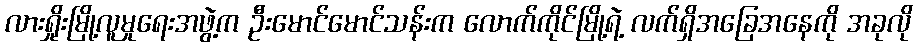
လားရှိုးမြို့လူမှုရေးအဖွဲ့က ဦးမောင်မောင်သန်းက လောက်ကိုင်မြို့ရဲ့ လက်ရှိအခြေအနေကို အခုလို